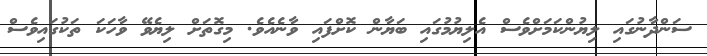
ސަންދާނުގައި ލިޔުންކަމަށްވެސް އެލިޔުމުގައި ބަޔާން ކޮށްފައި ވާނެއެވެ. މިގޮތަށް ލިޔެވޭ ވާހަކަ ތަކުގައިވެސް